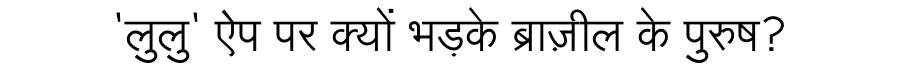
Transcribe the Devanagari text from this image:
'लुलु' ऐप पर क्यों भड़के ब्राज़ील के पुरुष?